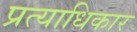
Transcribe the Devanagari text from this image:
प्रत्याधिकार